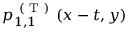
p _ { 1 , 1 } ^ { \mathrm { ~ ( ~ T ~ ) ~ } } ( x - t , y )